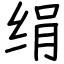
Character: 绢